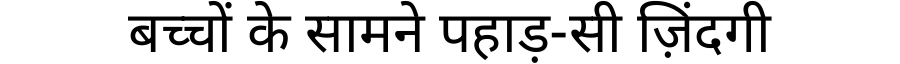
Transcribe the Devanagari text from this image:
बच्चों के सामने पहाड़-सी ज़िंदगी